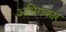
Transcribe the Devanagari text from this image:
अधिगकार